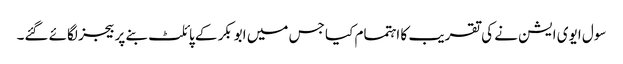
سول ایوی ایشن نے کی تقریب کا اہتمام کیا جس میں ابوبکر کے پائلٹ بنے پر بیجز لگائے گئے۔